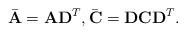
LaTeX: \begin{align*} \bar{\mathbf{A}}=\mathbf{A}\mathbf{D}^T,\bar{\mathbf{C}}=\mathbf{D}\mathbf{C}\mathbf{D}^T.\end{align*}